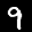
Label: 9